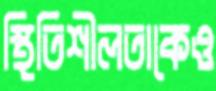
স্থিতিশীলতাকেও